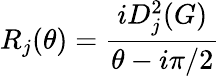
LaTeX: R_{j}(\theta)=\frac{iD_{j}^{2}(G)}{\theta-i\pi/2}